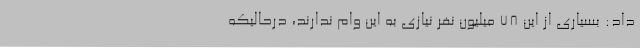
داد: بسیاری از این 78 میلیون نفر نیازی به این وام ندارند، درحالیکه